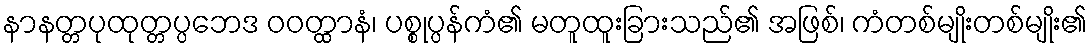
နာနတ္တပုထုတ္တပ္ပဘေဒ ဝဝတ္ထာနံ၊ ပစ္စုပ္ပန်ကံ၏ မတူထူးခြားသည်၏ အဖြစ်၊ ကံတစ်မျိုးတစ်မျိုး၏